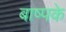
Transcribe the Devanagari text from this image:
बाष्पके